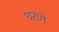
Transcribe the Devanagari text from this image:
घरणे